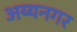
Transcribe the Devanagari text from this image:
अय्यनगर